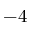
- 4